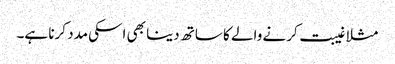
مثلا غیبت کرنے والے کا ساتھ دینا بھی اسکی مدد کرنا ہے۔